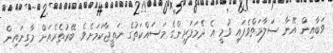
ވަބާއިން އޭނާ ސަލާމަތްވެފައި ވުމީ އެ ދެމަފަރީންގެ މަސައްކަތުގެ ނަތީޖާކަމަށެވެ. ބޭރުތެރެއަށް މާގިނައިން